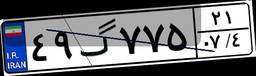
۴۹گ۷۷۵۲۱